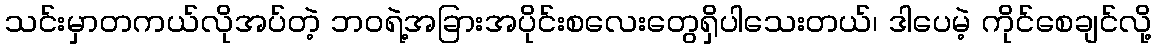
သင်းမှာတကယ်လိုအပ်တဲ့ ဘဝရဲ့အခြားအပိုင်းစလေးတွေရှိပါသေးတယ်၊ ဒါပေမဲ့ ကိုင်စေချင်လို့